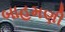
બાહમણી